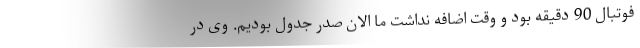
فوتبال 90 دقیقه بود و وقت اضافه نداشت ما الان صدر جدول بودیم. وی در